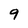
Character: 9